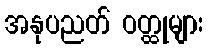
အနုပညတ် ဝတ္ထုများ